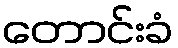
တောင်းခံ